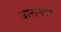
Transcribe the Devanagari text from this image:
बारानगर